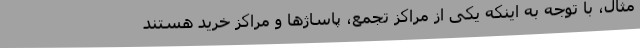
مثال، با توجه به اینکه یکی از مراکز تجمع، پاساژها و مراکز خرید هستند